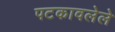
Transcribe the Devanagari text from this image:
पटकावलेले